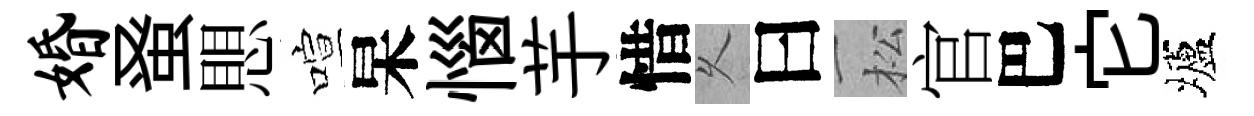
婚𫊫愳喧杲惱芋惜乆曰松官巴它壚